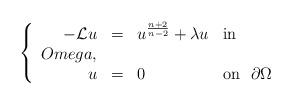
LaTeX: \begin{align*} \left\{\begin{array}{rcll}- \mathcal{L} u & = & u^{\frac{n+2}{n-2}} + \lambda u & \mathrm{in} \ \\Omega, \\u & = & 0 & \mathrm{on} \ \ \partial\Omega\end{array}\right.\end{align*}